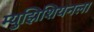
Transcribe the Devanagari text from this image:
म्युझिशियनला